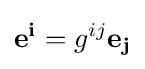
\mathbf {e^{i}} =g^{ij}\mathbf {e_{j}}